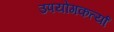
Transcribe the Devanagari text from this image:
उपयोगकर्त्या